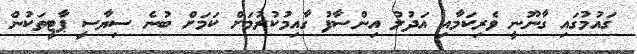
ގައުމުގައި ގާނޫނީ ވެރިކަމާއި އަދުލު އިންސާފު ގާއިމުކުރުމަށް ކަމަށް ބުނެ ސިޔާސީ ޕާޓީތަކުން